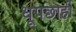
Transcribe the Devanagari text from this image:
धूपछाहीं